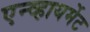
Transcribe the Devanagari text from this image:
एन्व्हायर्मेट